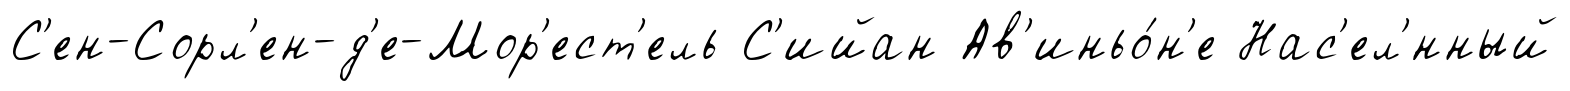
С'ен-Сорл'ен-д'е-Мор'ест'ель С'ийан Ав'иньо́н'е Нас'ел'́нный